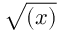
\sqrt { ( x ) }